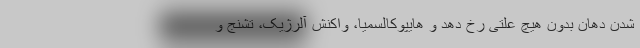
شدن دهان بدون هیچ علتی رخ دهد و هایپوکالسمیا، واکنش آلرژیک، تشنج و